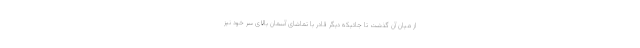
از میان آن گذشت تا جائیکه دیگر قادر با تماشای آسمان بالای سر خود نیز